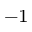
^ { - 1 }